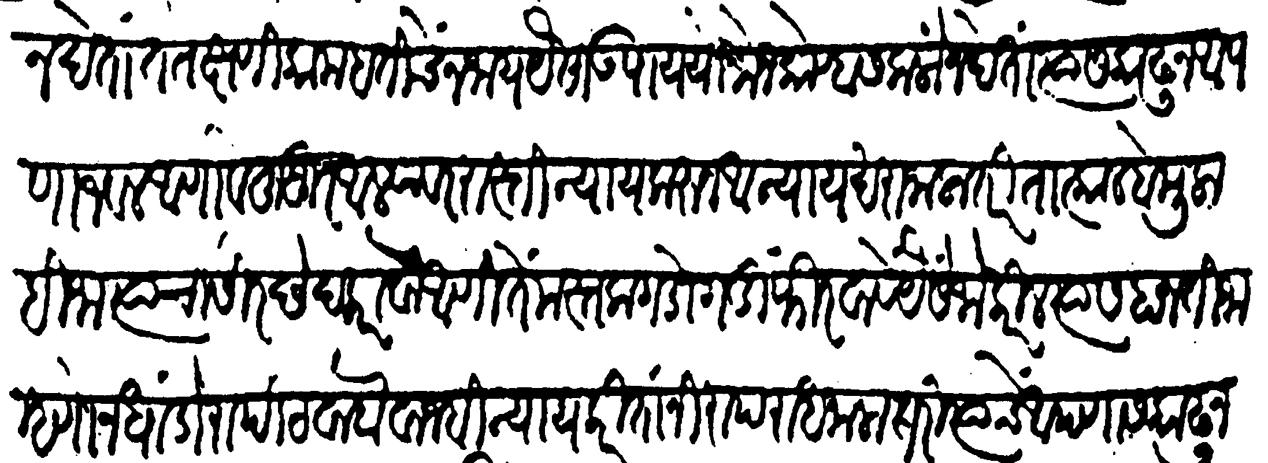
Transliteration (Devanagari): न देतां तत्क्षणीं काम हतीचें न जाय यैसा उपाय योजोन कोण्हास कळों न देतां त्यास काढून आपणाजवळ आणावें हुजूर आल्यावर रास्ती न्याय करून आन्याय खरा जाला तरी तात्काळ बेमुलाहिजा त्याचा शिरच्छेद करावा आणि तें मस्तक गडोगडीं फिरवावे यैसें जो करील त्यास हा नतीजा म्हणोन धांडोरा पिटवावा वाजवी न्याय करितां निरपराध जाला तरी त्याचे आपणास काढून